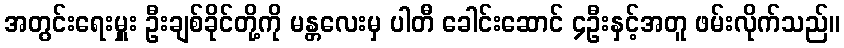
အတွင်းရေးမှူး ဦးချစ်ခိုင်တို့ကို မန္တလေးမှ ပါတီ ခေါင်းဆောင် ၄ဦးနှင့်အတူ ဖမ်းလိုက်သည်။